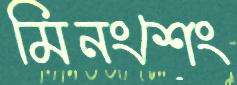
মিনংশেং